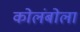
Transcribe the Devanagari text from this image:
कोलंबोला